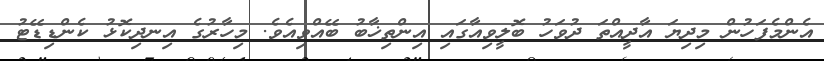
އެންމެފަހުން މިދިޔަ އާދީއްތަ ދުވަހު ބޮލީވިއާގައި އިންތިޚާބު ބޭއްވިއެވެ. މިހާރުގެ އިނދިކޮޅު ކެންޑިޑޭޓު